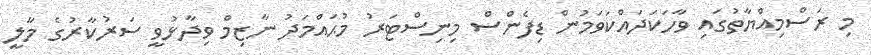
މި ރަސްމިއްޔާތުގައި ވާހަކަދައްކަވަމުން ޑިފެންސް މިނިސްޓަރު މުޙައްމަދު ނާޒިމް ވިދާޅުވީ ސަރުކާރުގެ މާލީ